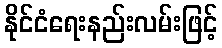
နိုင်ငံရေးနည်းလမ်းဖြင့်